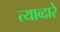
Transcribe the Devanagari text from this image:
त्याव्दारे